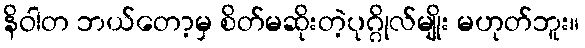
နိဝါတ ဘယ်တော့မှ စိတ်မဆိုးတဲ့ပုဂ္ဂိုလ်မျိုး မဟုတ်ဘူး။